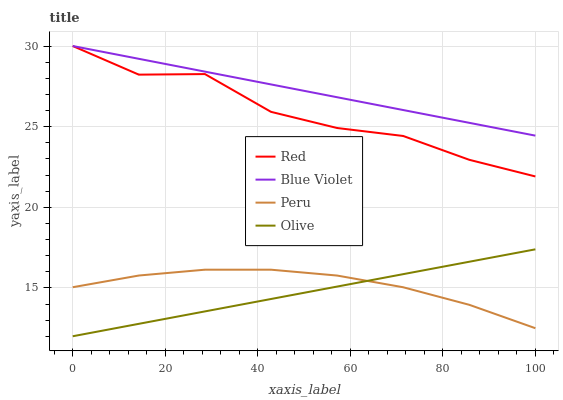
| xaxis_label | Red | Blue Violet | Peru | Olive |
 | --- | --- | --- | --- | --- |
 | 0 | 30 | 30 | 15 | 12 |
 | 14.3 | 28.2 | 29.2 | 15.8 | 12.8 |
 | 28.6 | 28.3 | 28.4 | 16.1 | 13.5 |
 | 42.9 | 25.9 | 27.6 | 16.1 | 14.3 |
 | 57.1 | 24.9 | 26.8 | 15.8 | 15.1 |
 | 71.4 | 24.4 | 26 | 15 | 15.9 |
 | 85.7 | 22.9 | 25.2 | 13.9 | 16.6 |
 | 100 | 21.9 | 24.4 | 12.5 | 17.4 |